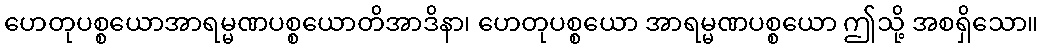
ဟေတုပစ္စယောအာရမ္မဏပစ္စယောတိအာဒိနာ၊ ဟေတုပစ္စယော အာရမ္မဏပစ္စယော ဤသို့ အစရှိသော။